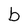
Character: b